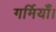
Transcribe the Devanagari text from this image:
गर्मियाँ।